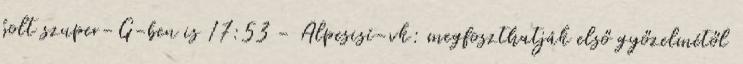
bolt szuper-G-ben is 17:53 - Alpesisí-vk: megfoszthatják első győzelmétől